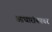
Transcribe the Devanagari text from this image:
आधारांकावर